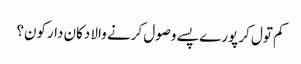
کم تول کر پورے پسے وصول کرنے والا دکان دارکون؟